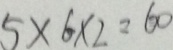
5 \times 6 \times 2 = 6 0